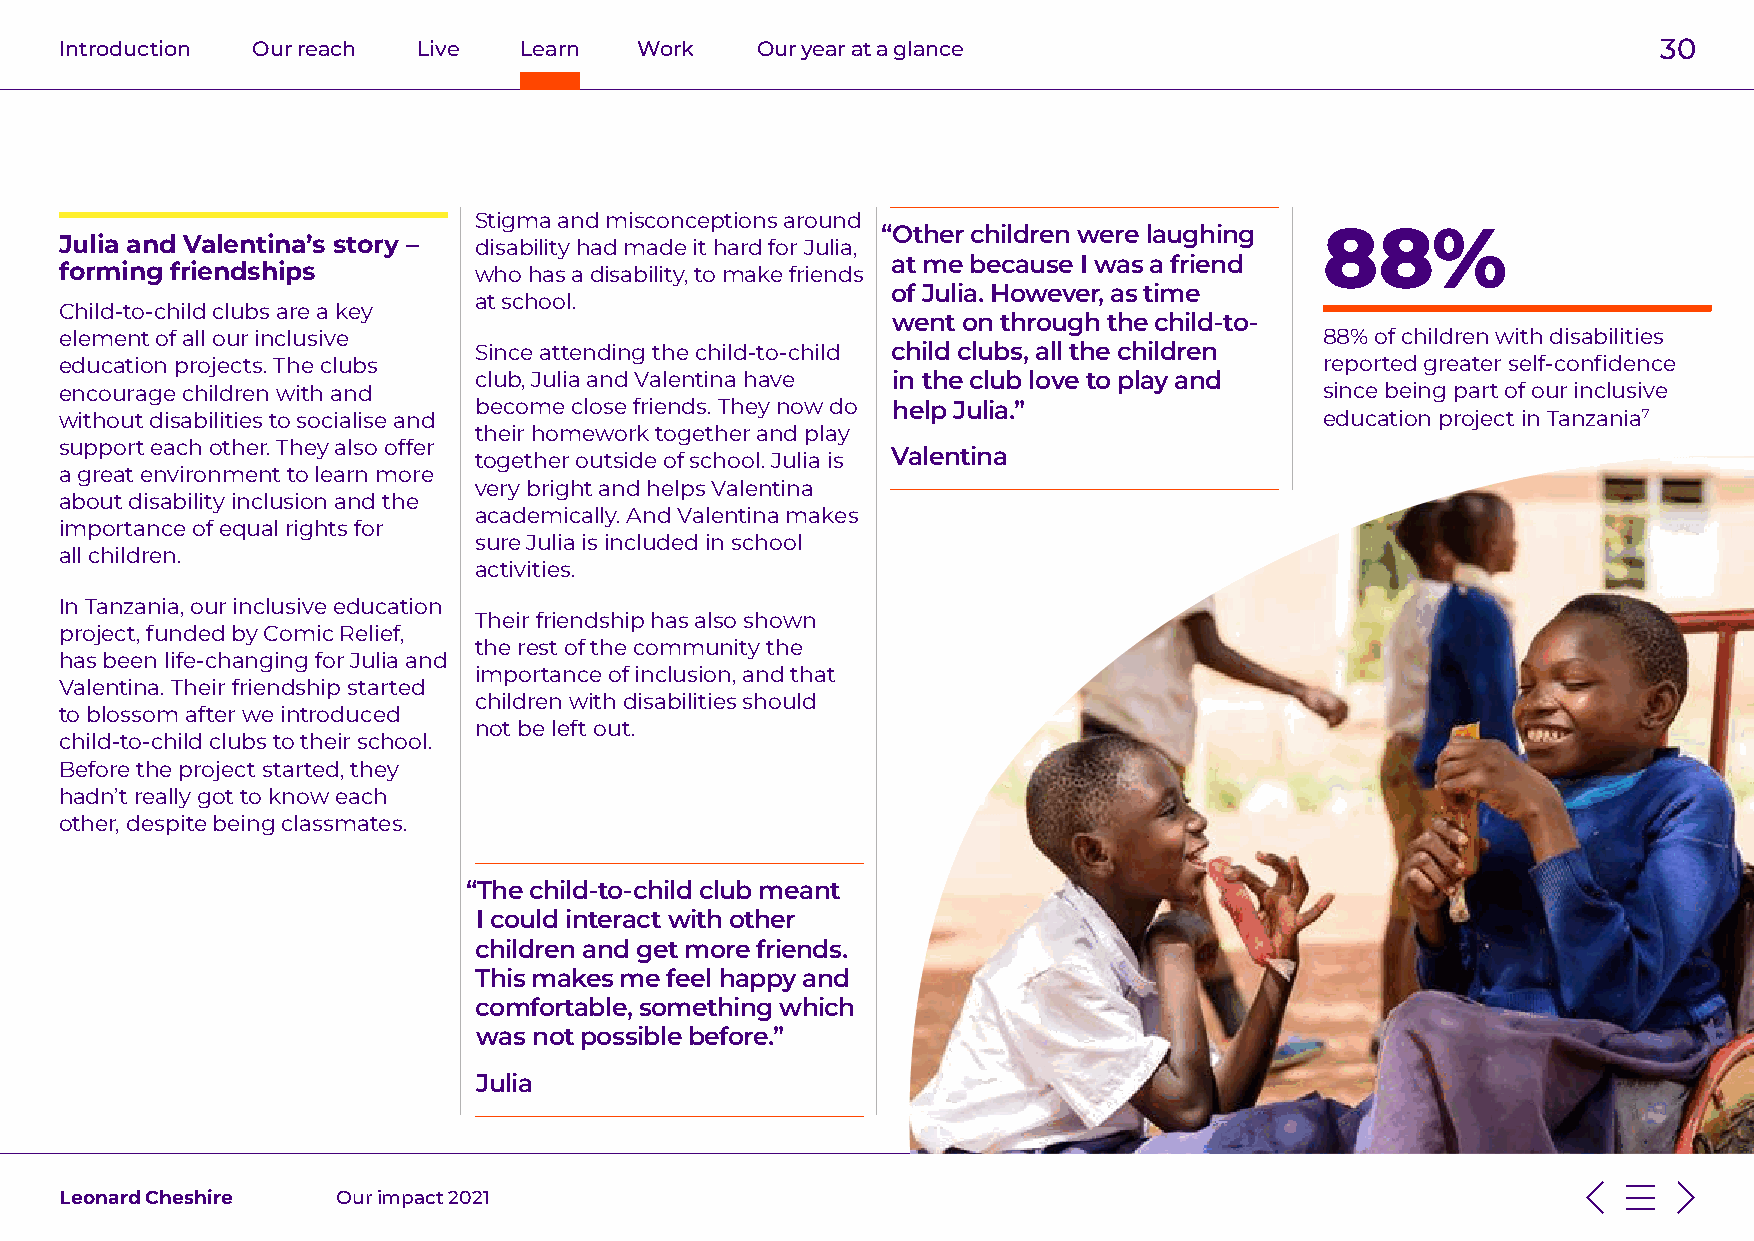
Introduction Our reach  Live  Learn   Work    Our year at a glance                                        30
 Stigma and misconceptions around
 “Other children were laughing 88%
 Julia and Valentina’s story – disability had made it hard for Julia,
 at me because I was a friend
 forming friendships        who has a disability, to make friends
 of Julia. However, as time
 at school.
 Child-to-child clubs are a key
 went on through the child-to-
 element of all our inclusive                                                        88% of children with disabilities
 Since attending the child-to-child child clubs, all the children
 education projects. The clubs                                                       reported greater self-confidence
 club, Julia and Valentina have in the club love to play and
 encourage children with and                                                         since being part of our inclusive
 become close friends. They now do help Julia.”
 without disabilities to socialise and                                               education project in Tanzania7
 their homework together and play
 support each other. They also offer
 together outside of school. Julia is Valentina
 a great environment to learn more
 very bright and helps Valentina
 about disability inclusion and the
 academically. And Valentina makes
 importance of equal rights for
 sure Julia is included in school
 all children.
 activities.
 In Tanzania, our inclusive education
 Their friendship has also shown
 project, funded by Comic Relief,
 the rest of the community the
 has been life-changing for Julia and
 importance of inclusion, and that
 Valentina. Their friendship started
 children with disabilities should
 to blossom after we introduced
 not be left out.
 child-to-child clubs to their school.
 Before the project started, they
 hadn’t really got to know each
 other, despite being classmates.
 “The child-to-child club meant
 I could interact with other
 children and get more friends.
 This makes me feel happy and
 comfortable, something which
 was not possible before.”
 Julia
 Leonard Cheshire  Our impact 2021